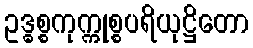
ဥဒ္ဓစ္စကုက္ကုစ္စပရိယုဋ္ဌိတော